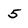
Character: 5